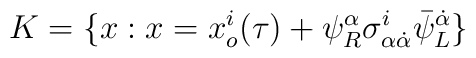
{ K }= \{x: x =x^{i}_{o}(\tau) + \psi ^{\alpha}_{R} \sigma ^{i}_{\alpha \dot {\alpha}}\bar{\psi}^{\dot{\alpha}}_{L}  \}